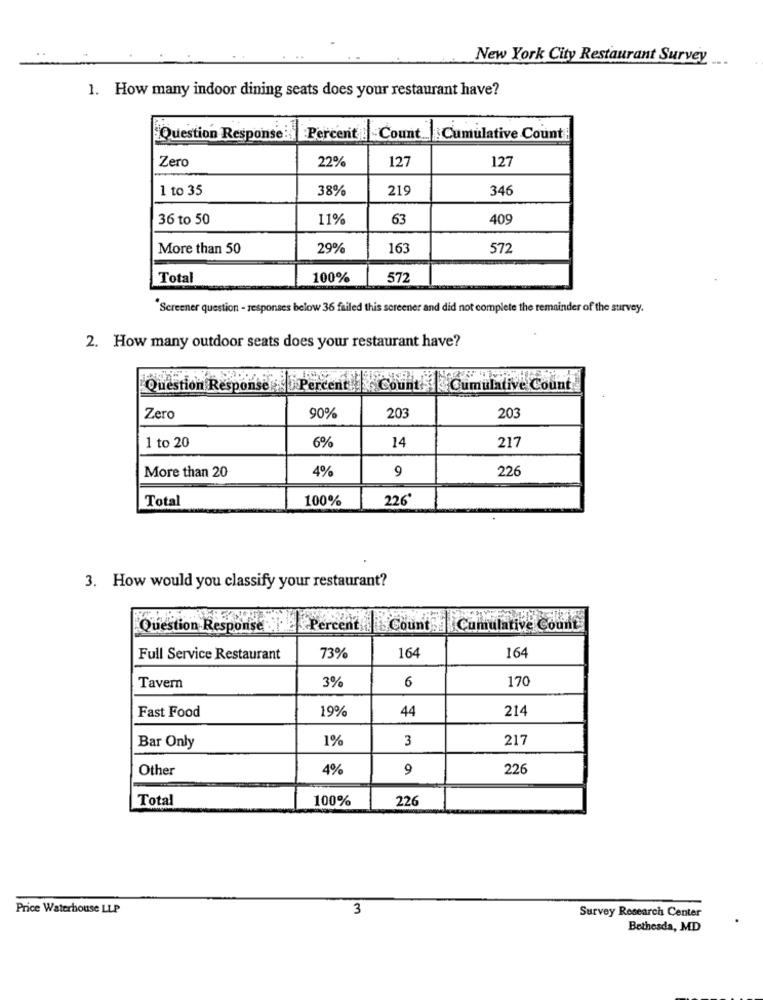
New York City Restaurant Survey
1. How many indoor dining seats does your restaurant have?
Question Response:Percent .Count Cumulative Count
Zero
22%
127
127
1 to 35
38%
219
34
36 to 50
11%
63
40
More than 50
29%
163
572
Total
100%
572
Screener question - responses below 36 failed this screener and did not complete the remainder of the survey.
2. How many outdoor seats does your restaurant have?
Question Response .Percent . Count Cumulative Count
Zero
90%
203
203
6%
217
1 to 20
14
More than 20
4%
9
226
Total
100%
226'
3. How would you classify your restaurant?
Question Response Bite Percent
Count : Cumulative Count
164
164
Full Service Restaurant
73%
3%
170
Tavern
6
Fast Food
19%
214
44
1%
3
217
Bar Only
Other
4%
9
226
Total
100%
226
Price Waterhouse LLP
3
Survey Research Center
Bethesda, MD